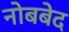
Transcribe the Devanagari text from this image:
नोबबेद